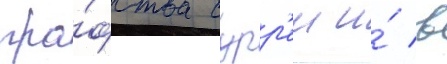
гра́фства сурр'еи и́ в